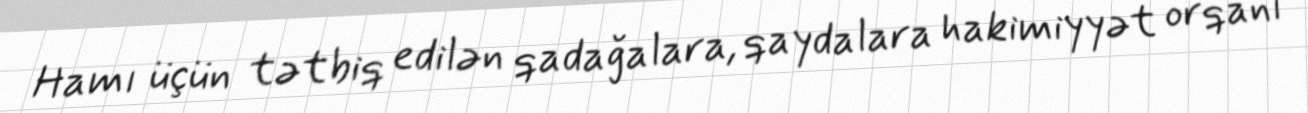
Hamı üçün tətbiq edilən qadağalara, qaydalara hakimiyyət orqanı